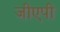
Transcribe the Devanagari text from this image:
जीएपी